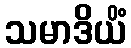
သမာဒိယိံ